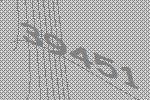
39451